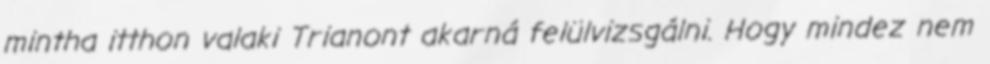
mintha itthon valaki Trianont akarná felülvizsgálni. Hogy mindez nem